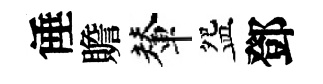
倕贍輦盌鄧